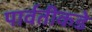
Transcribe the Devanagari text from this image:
पार्वतीकडे